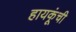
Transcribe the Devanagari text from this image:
हायकूंची